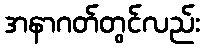
အနာဂတ်တွင်လည်း